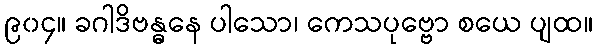
၉၀၄။ ခဂါဒိဗန္ဓနေ ပါသော၊ ကေသပုဗ္ဗော စယေ ပျထ။